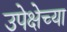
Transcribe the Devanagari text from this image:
उपेक्षेच्या